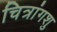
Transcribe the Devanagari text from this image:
चित्रांगशु